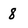
Character: 8